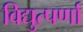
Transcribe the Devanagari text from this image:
विद्युत्पर्णा